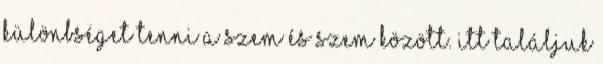
különbséget tenni a szem és szem között. Itt találjuk